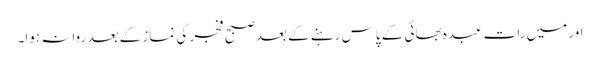
اور میں رات عبدہ بھائی کے پاس رہنے کے بعد صبح فجر کی نماز کے بعد روانہ ہوا۔